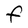
Character: F